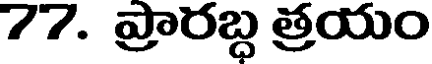
77. ప్రారబ్ద త్రయం